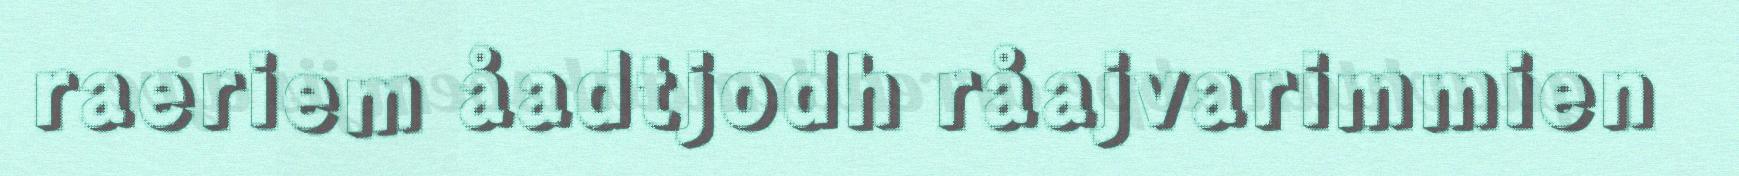
raeriem åadtjodh råajvarimmien